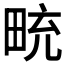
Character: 𪽒